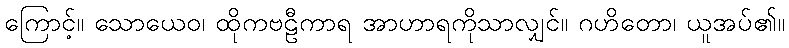
ကြောင့်။ သောယေဝ၊ ထိုကဗဠီကာရ အာဟာရကိုသာလျှင်။ ဂဟိတော၊ ယူအပ်၏။